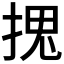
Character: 𭡏